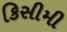
કિસીમી